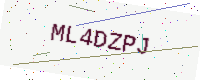
Text: ML4DZPJ